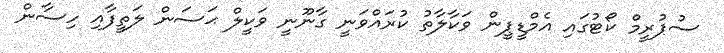
ސުޕުރީމް ކޯޓުގައި އެމްޑީޕީން ވަކާލާތު ކުރައްވަނީ ގާނޫނީ ވަކީލް ޙަސަން ލަތީފާއި ހިސާން